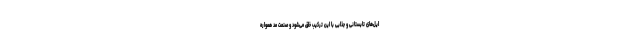
ایل‌های تابستانی و جذابی با این ترکیب خلق می‌شود و صنعت مد همواره